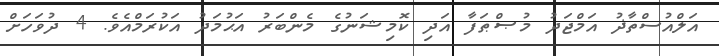
އަލްއުސްތާޛު އަމްޖަދު މުޞްޠަފާ އަދި ކޮމިޝަނުގެ މެންބަރު އަޙުމަދު އަކުރަމްއެވެ. 4 ދުވަހަށް